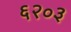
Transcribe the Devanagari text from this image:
६२०३